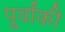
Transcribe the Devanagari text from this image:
पूर्वांकी